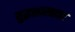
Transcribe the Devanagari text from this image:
युद्धशास्त्रावर